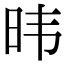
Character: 𬀩